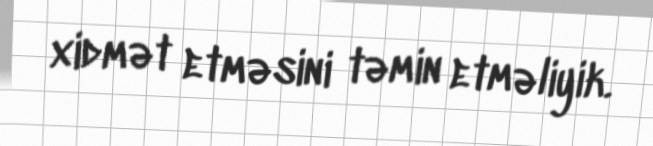
xidmət etməsini təmin etməliyik.